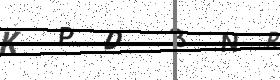
Text: KPD3NR